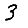
Digit: 3